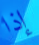
إذا